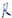
Text: R